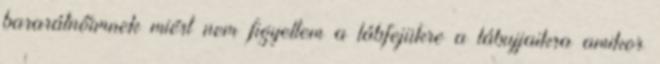
bararátnőimnek miért nem figyeltem a lábfejükre a lábujjaikra amikor